Malaria in India - Number 2
Disease focus: Malaria
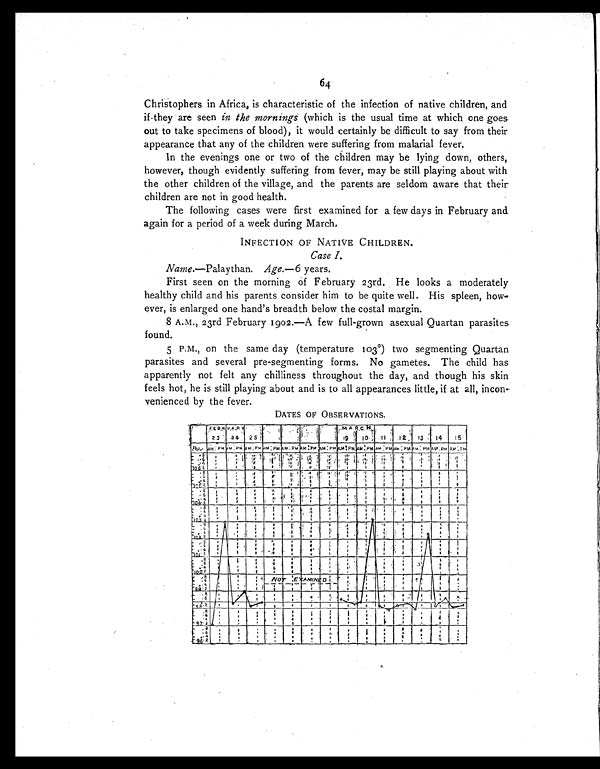
64
Christophers in Africa, is characteristic of the infection of native children, and
if they are seen in the mornings (which is the usual time at which one goes
out to take specimens of blood), it would certainly be difficult to say from their
appearance that any of the children were suffering from malarial fever.
In the evenings one or two of the children may be lying down, others,
however, though evidently suffering from fever, may be still playing about with
the other children of the village, and the parents are seldom aware that their
children are not in good health.
The following cases were first examined for a few days in February and
again for a period of a week during March.
INFECTION OF NATIVE CHILDREN.
Case I.
Nance.—Palaythan. Age.—6 years.
First seen on the morning of February 23rd. He looks a moderately
healthy child and his parents consider him to be quite well. His spleen, how-
ever, is enlarged one hand's breadth below the costal margin.
8 A.M., 23rd February 1902.—A few full-grown asexual Quartan parasites
found.
5 P.M., on the same day (temperature 103°) two segmenting Quartan
parasites and several pre-segmenting forms. No gametes. The child has
apparently not felt any chilliness throughout the day, and though his skin
feels hot, he is still playing about and is to all appearances little, if at all, incon-
venienced by the fever.
DATES OF OBSERVATIONS.